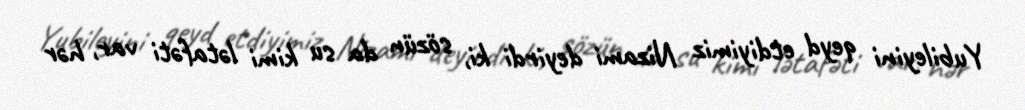
Yubileyini qeyd etdiyimiz Nizami deyirdi ki, sözün da su kimi lətafəti var, hər